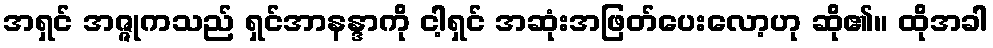
အရှင် အဇ္ဇုကသည် ရှင်အာနန္ဒာကို ငါ့ရှင် အဆုံးအဖြတ်ပေးလော့ဟု ဆို၏။ ထိုအခါ